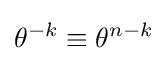
\theta ^{-k}\equiv \theta ^{n-k}